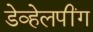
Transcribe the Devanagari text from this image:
डेव्हेलपींग